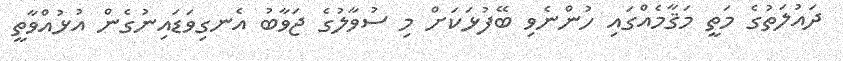
ދައުލަތުގެ މަތީ މަޤާމެއްގައި ހުންނެވި ބޭފުޅަކަށް މި ސުވާލުގެ ޖަވާބު އެނގިވަޑައިނުގެން އުޅުއްވާތީ